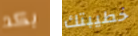
بكد خطيبتك